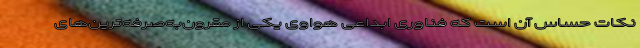
نکات حساس آن است که فناوری ابداعی هواوی یکی از مقرون‌به‌صرفه‌ترین‌های